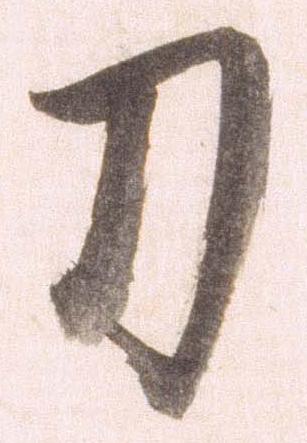
刀